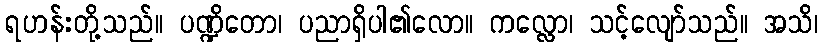
ရဟန်းတို့သည်။ ပဏ္ဍိတော၊ ပညာရှိပါ၏လော။ ကလ္လော၊ သင့်လျော်သည်။ အသိ၊